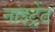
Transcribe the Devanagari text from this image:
नाइट्रेंट